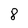
Character: 8